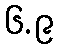
၆.၉